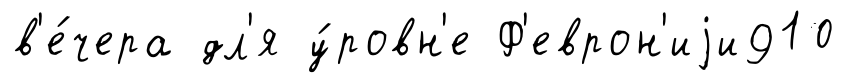
в'е́чера дл'я у́ровн'е Ф'еврон'иjи910